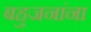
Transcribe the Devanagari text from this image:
बहुजनांना